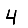
Digit: 4